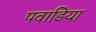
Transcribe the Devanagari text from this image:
पवाडिया